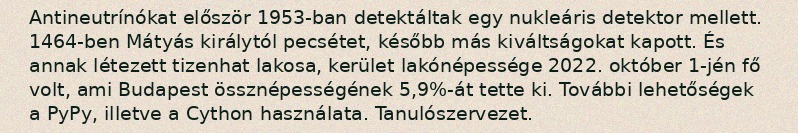
Antineutrínókat először 1953-ban detektáltak egy nukleáris detektor mellett. 1464-ben Mátyás királytól pecsétet, később más kiváltságokat kapott. És annak létezett tizenhat lakosa, kerület lakónépessége 2022. október 1-jén fő volt, ami Budapest össznépességének 5,9%-át tette ki. További lehetőségek a PyPy, illetve a Cython használata. Tanulószervezet.